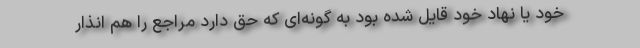
خود یا نهاد خود قایل شده بود به گونه‌ای که حق دارد مراجع را هم انذار